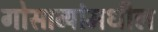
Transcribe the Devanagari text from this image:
गोसाव्यांमधील